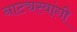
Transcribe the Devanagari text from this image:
नाट्यस्वांगी